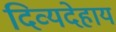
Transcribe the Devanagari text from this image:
दिव्यदेहाय